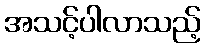
အသင့်ပါလာသည့်